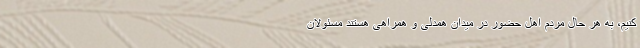
کنیم، به هر حال مردم اهل حضور در میدان همدلی و همراهی هستند مسئولان